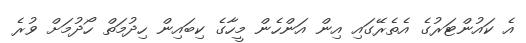
އެ ކައުންޓަރުގެ އެތެރޭގައި އިން އަންހެން މީހާގެ ކިބައިން ހިދުމަތް ހޯދުމަށް ވުރެ